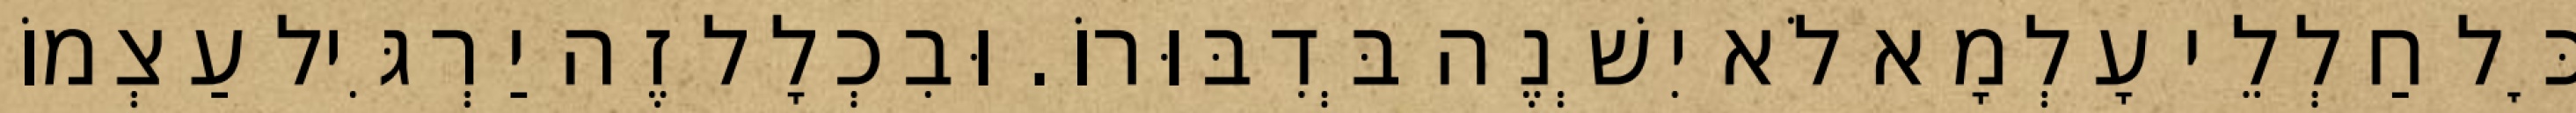
כׇּל חַלְלֵי עָלְמָא לֹא יִשְׁנֶה בְּדִבּוּרוֹ. וּבִכְלָל זֶה יַרְגִּיל עַצְמוֹ